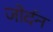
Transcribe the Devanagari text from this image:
जोर्दन